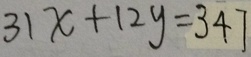
3 1 x + 1 2 y = 3 4 7